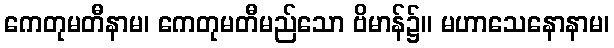
ကေတုမတီနာမ၊ ကေတုမတီမည်သော ဗိမာန်၌။ မဟာသေနောနာမ၊